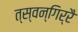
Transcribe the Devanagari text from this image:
त्स्वन्गिर्रै